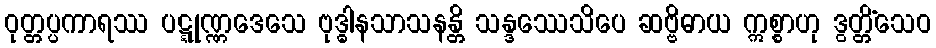
ဝုတ္တပ္ပကာရဿ ပဋ္ဋုဏ္ဏဒေသေ ဗုဒ္ဓါနသာသနန္တိ သန္ဒဿေသိပေ ဆဗ္ဗိဓာယ ဣစ္စာဟု ဒွတ္တိံသေဝ